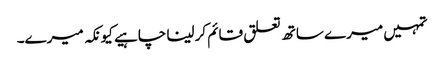
تمہیں میرے ساتھ تعلق قائم کرلینا چاہیے کیونکہ میرے۔